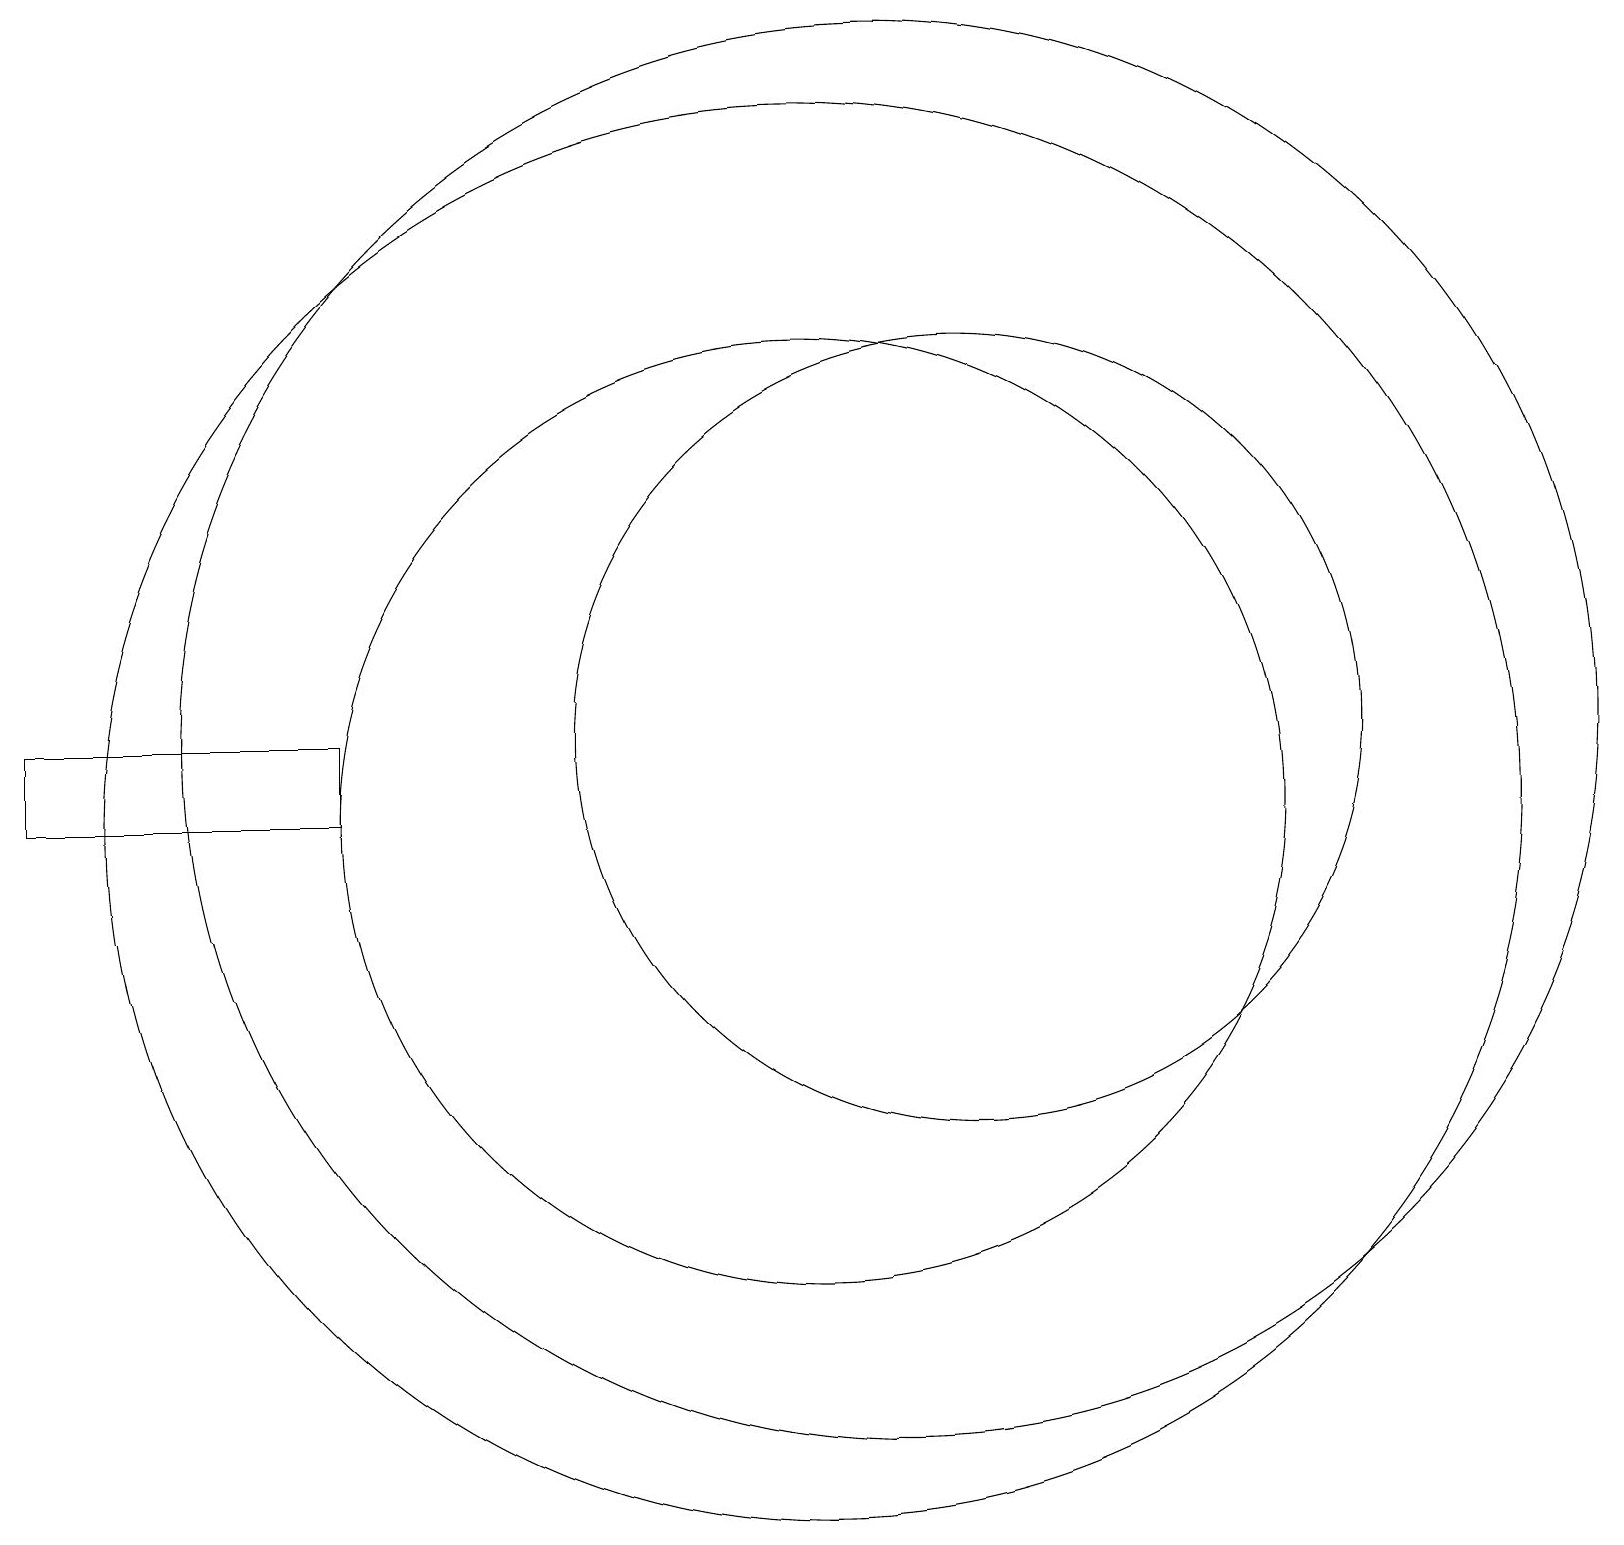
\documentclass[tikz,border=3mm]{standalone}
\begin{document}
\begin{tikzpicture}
\draw (4,10) rectangle (0,11);
\draw (12,11) circle (5);
\draw (10,10) circle (6);
\draw (11,11) circle (9);
\draw (10,10) circle (9);
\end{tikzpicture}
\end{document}